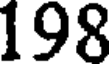
198